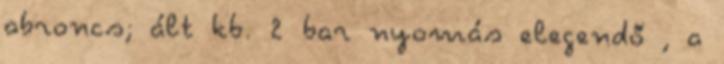
abroncs; ált kb. 2 bar nyomás elegendő , a